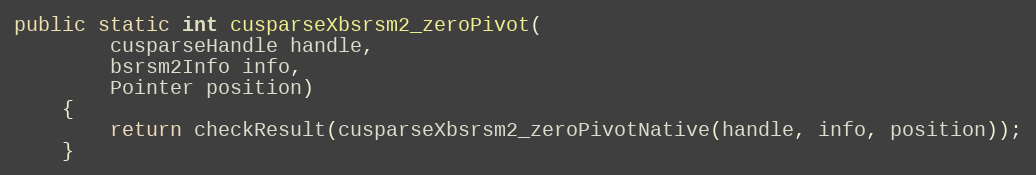
Language: Java
public static int cusparseXbsrsm2_zeroPivot(
        cusparseHandle handle,
        bsrsm2Info info,
        Pointer position)
    {
        return checkResult(cusparseXbsrsm2_zeroPivotNative(handle, info, position));
    }